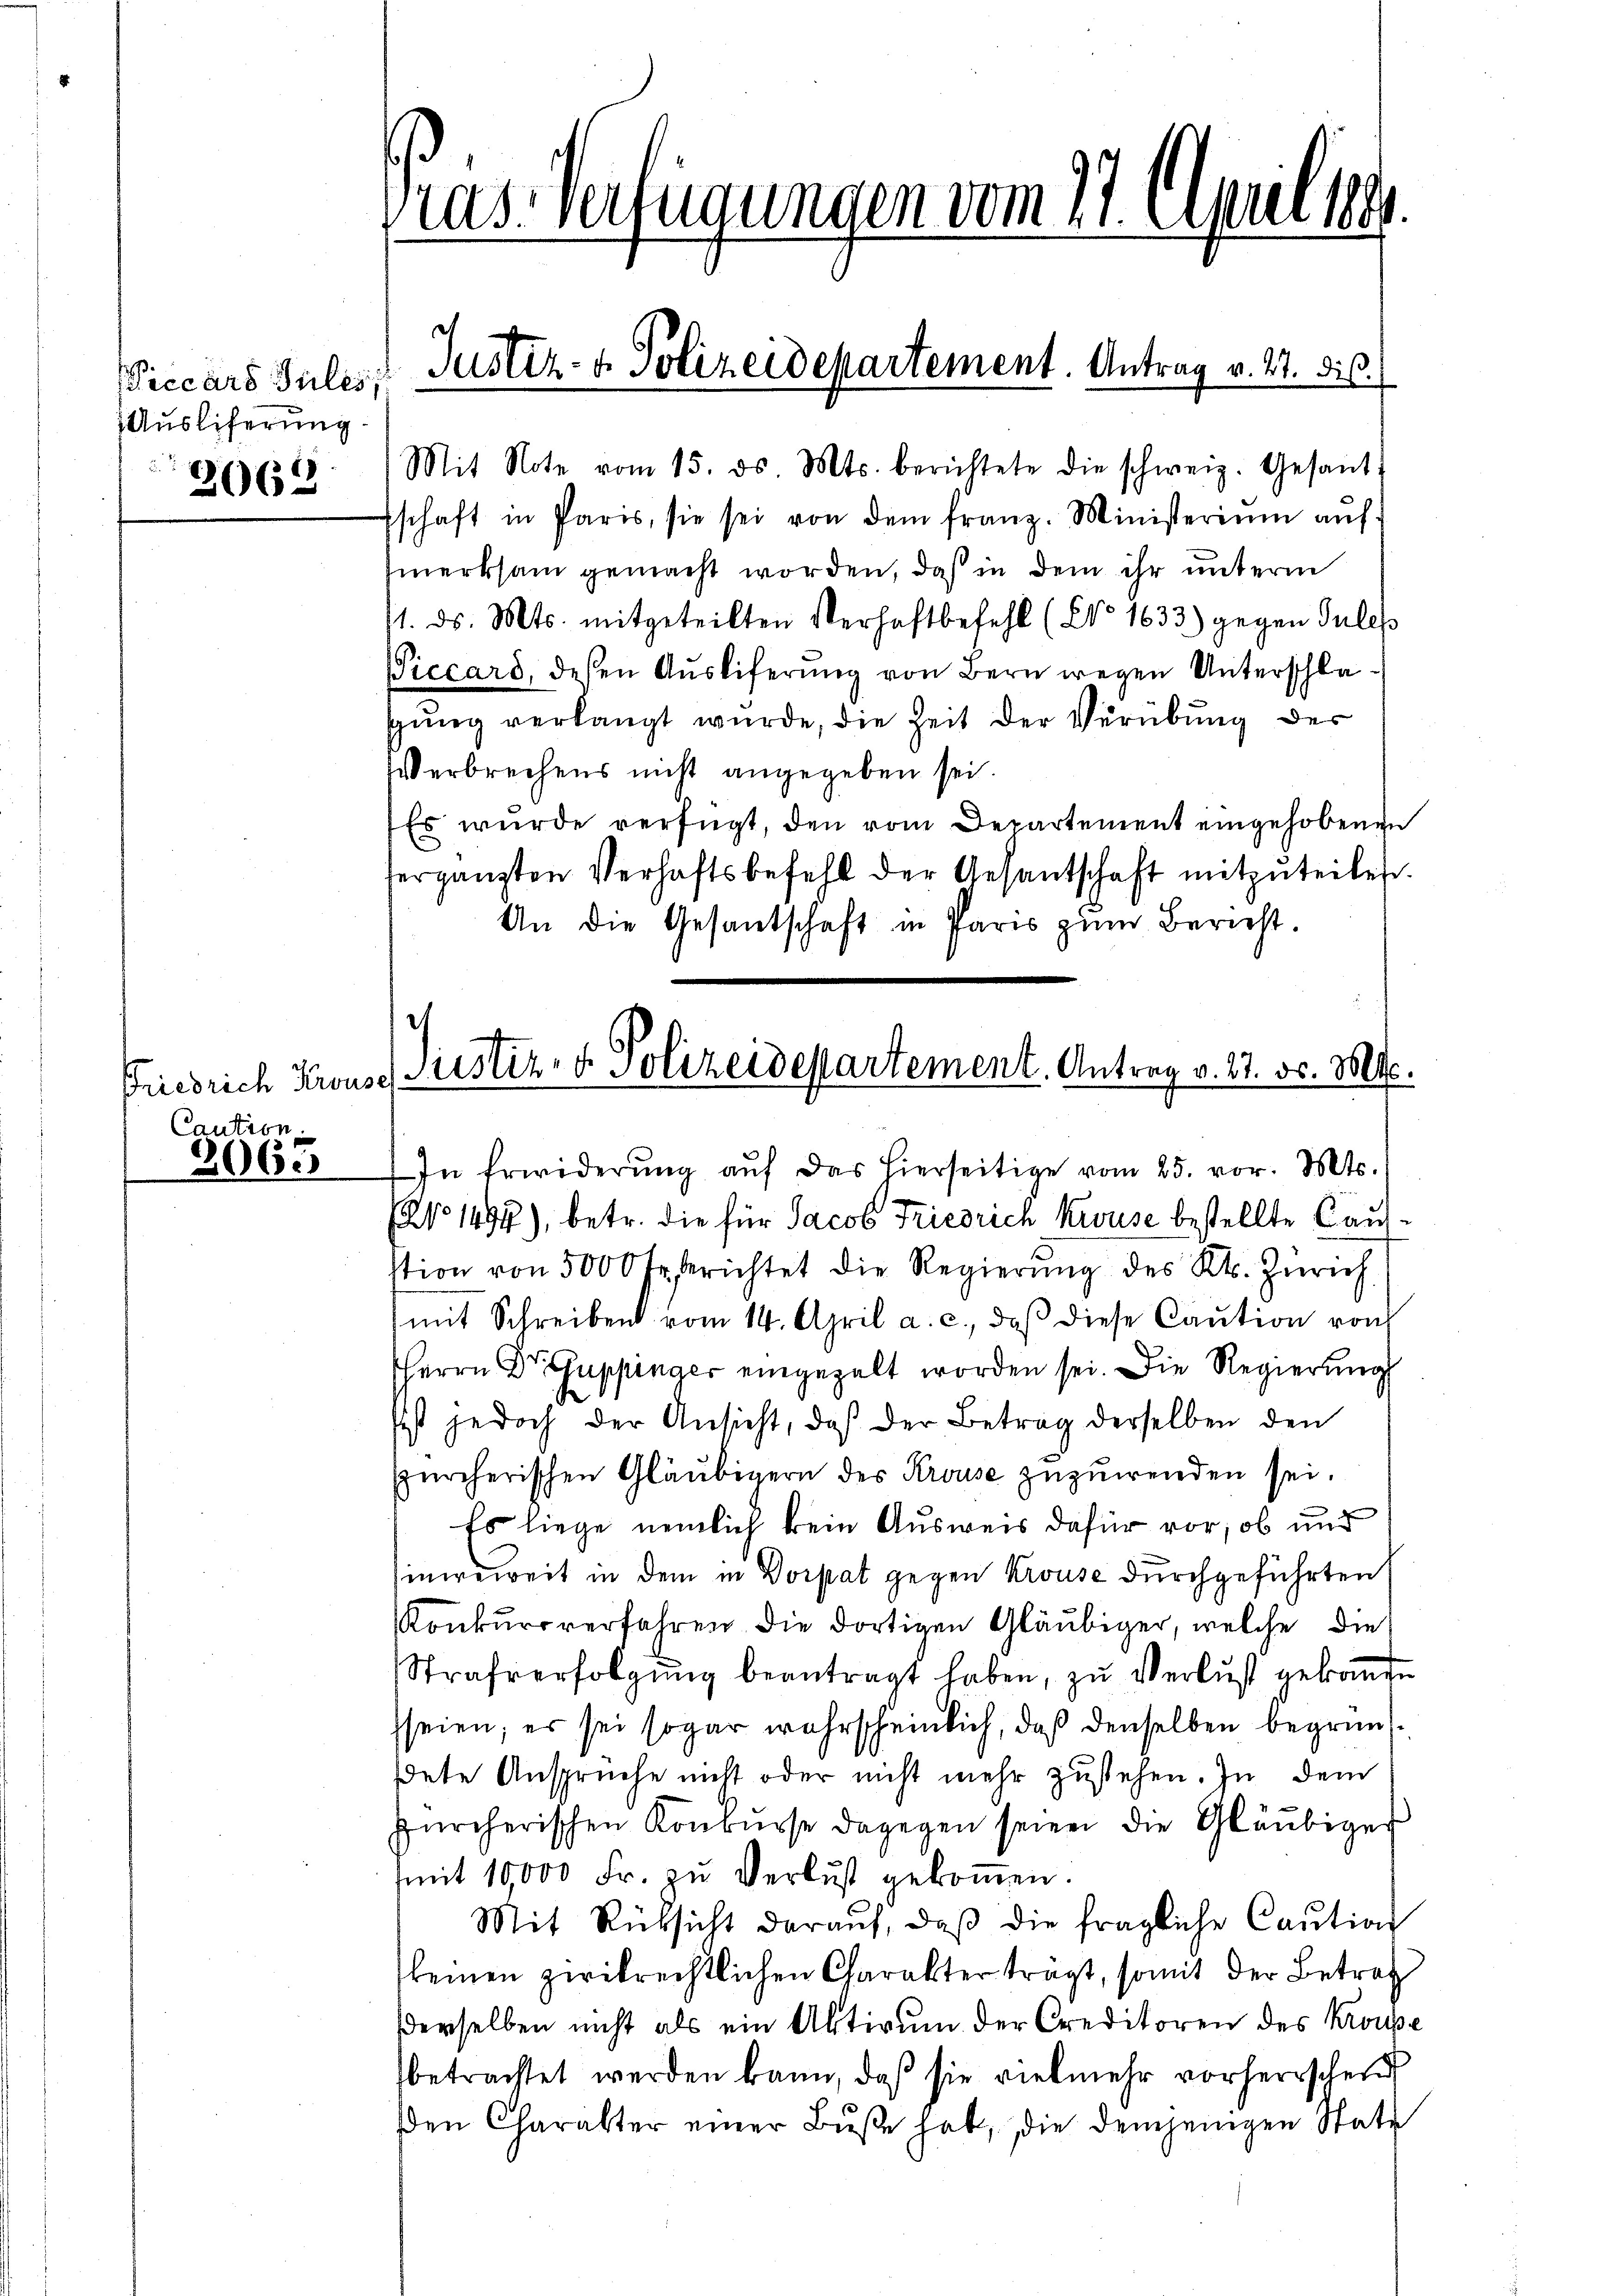
Viccars Julis,
Auslieferung
2062

Friedrich Krons
Caution.

306.

ras Verfügungen vom 21. April 188

Mit Note vom 15. ds. Mts. berichtete die schweiz. Gesant-
Eschaft in Paris, sie sei von dem franz. Ministerium auf
merksam gemacht worden, daß in dem ihr unterm
71. ds. Mts. mitgeteilten Verhaftbefehl (NNo. 1633) gegen Sules
Piccard, deßen Ausliferung von Bern wegen Unterschlagung verlangt wurde, die Zeit der Verübung des
Verbrechens nicht angegeben sei.
Es wurde verfügt, den vom Departement eingehobenen
hergänzten Verhaftsbefehl der Gesantschaft mitzuteilen.
An die Gesantschaft in Paris zŭm Bericht.

Justiz- & Polizeidepartement. Antrag v. M. dis

c
Justiz- & Polizeidepartement. Antrag v. 27. ds. Mts.
In Erwiderŭng aŭf das hierseitige vom 25. vor. Mts.

(No 1497), betr. die für Jacob Friedrich Kruse bestellte Caufstion von 5000 Fr. berichtet die Regierŭng des Kt. Zürich
mit Schreiben vom 14. April a. c., daβ diese Caution von
Herrn Dr Guppinger eingezalt worden sei. Die Regierŭng
Ist jedoch der Ansicht, daβ der Betrag derselben den
ürcherischen Gläubigern des Krouse zuzuwenden sei.
Es liege nemlich kein Ausweis dafür vor, ob und
ineweit in dem in Dorpat gegen Krouse durchgeführten
Konkursverfahren die dortigen Gläubiger, welche die
Strafverfolgung beantragt haben, zu Verlust gebande
seien; es sei sogar wahrscheinlich, daß denselben begründdete Ansprüche nicht oder nicht mehr zustehen. In dem
zürcherischen Konkurse dagegen seien die Gläubiger
(mit 10,000 Fr. zu Verlust gekoṁen.
Mit Rücksicht daraŭf, daβ die fragliche Caution
keinen zwikrechtlichen Charakter tragt, somit der Betref
derselben nicht als ein Aktivum der Creditoren des Kroupe
betrachtet werden kann, daß sie vielmehr vorherrschen
den Charakter einer Bŭβe hab, die demjenigen Statu